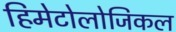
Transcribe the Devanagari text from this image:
हिमेटोलोजिकल